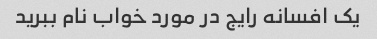
یک افسانه رایج در مورد خواب نام ببرید